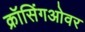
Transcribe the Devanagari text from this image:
क्रॉसिंगओवर